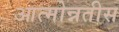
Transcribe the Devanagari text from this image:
आत्मोन्नतीस